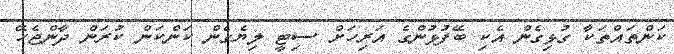
ކަންތައްތަކާ ގުޅިގެން އެކި ބޭފުޅުންގެ އަރިހަށް ސިޓީ ލިޔެގެން ކަންކަން ކުރަން ދާންޖެހޭ